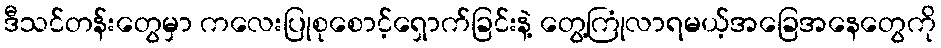
ဒီသင်တန်းတွေမှာ ကလေးပြုစုစောင့်ရှောက်ခြင်းနဲ့ တွေ့ကြုံလာရမယ့်အခြေအနေတွေကို